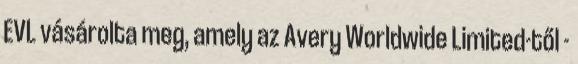
EVL vásárolta meg, amely az Avery Worldwide Limited-től -